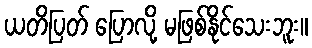
ယတိပြတ် ပြောလို့ မဖြစ်နိုင်သေးဘူး။